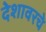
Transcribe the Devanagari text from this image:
देशावरचे